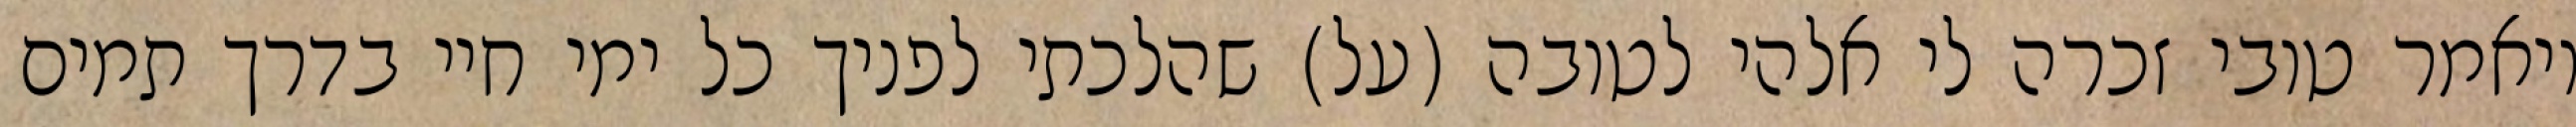
ויאמר טובי זכרה לי אלהי לטובה (על) שהלכתי לפניך כל ימי חיי בדרך תמים